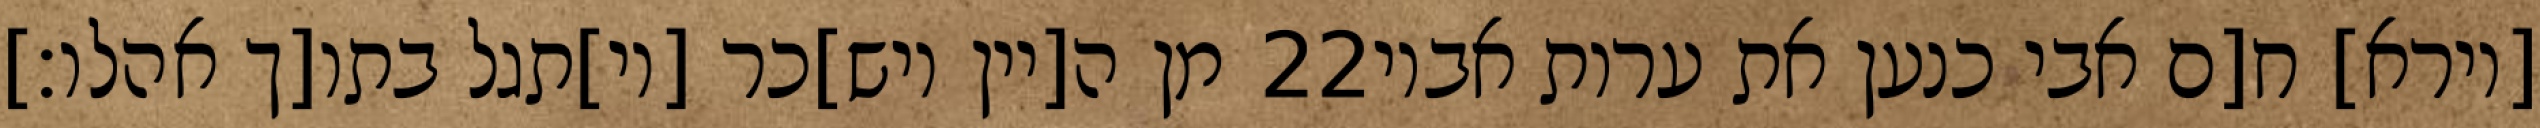
מן ה[יין ויש]כר [וי]תגל בתו[ך אהלו׃] ‎22‏ [וירא] ח[ם אבי כנען את ערות אביו